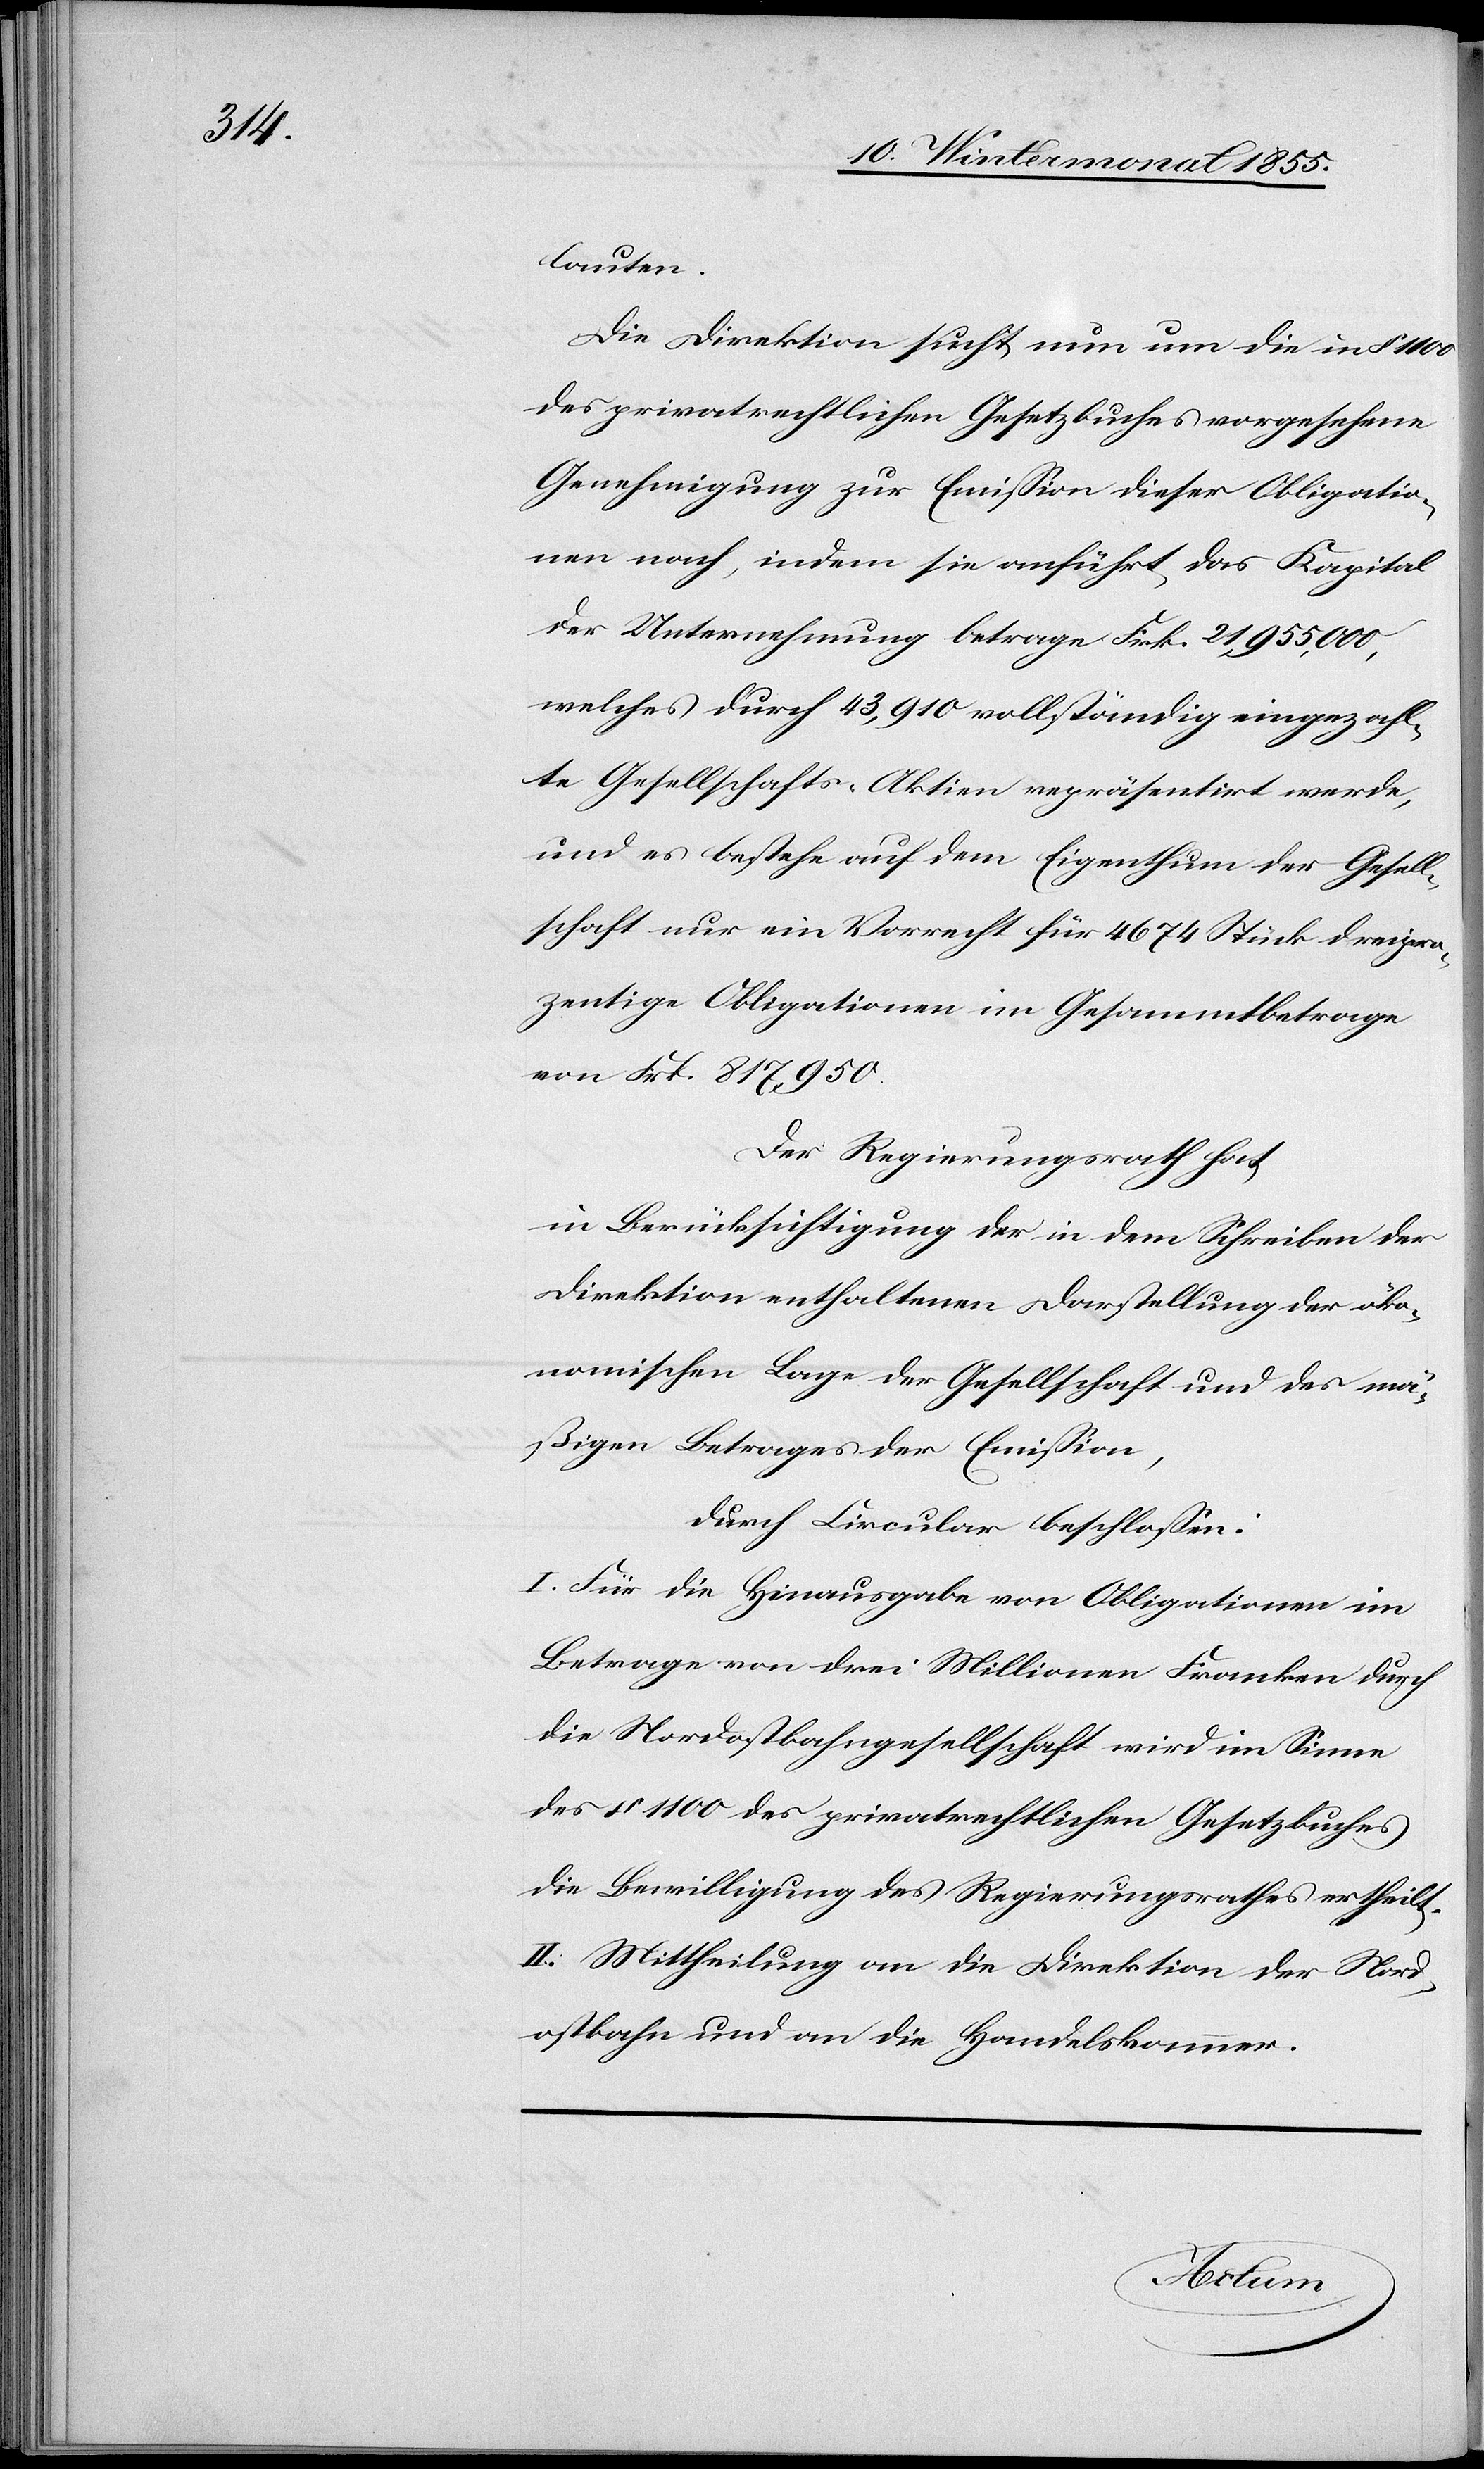
lauten.
Die Direktion sucht nun um die in § 1100
des privatrechtlichen Gesetzbuches vorgesehene
Genehmigung zur Emission dieser Obligatio¬
nen nach, indem sie anführt, das Kapital
der Unternehmung betrage Frk. 21,955,000,
welches durch 43,910 vollständig eingezahl¬
te Gesellschafts-Aktien repräsentirt werde,
und es bestehe auf dem Eigenthum der Gesell¬
schaft nur ein Vorrecht für 4674 Stück dreipro¬
zentige Obligationen im Gesammtbetrage
von Frk. 817,950.
Der Regierungsrath hat,
in Berücksichtigung der in dem Schreiben der
Direktion enthaltenen Darstellung der öko¬
nomischen Lage der Gesellschaft und des mä¬
ßigen Betrages der Emission,
durch Circular beschlossen:
I. Für die Hinausgabe von Obligationen im
Betrage von drei Millionen Franken durch
die Nordostbahngesellschaft wird im Sinne
des § 1100 des privatrechtlichen Gesetzbuches
die Bewilligung des Regierungsrathes ertheilt.
II. Mittheilung an die Direktion der Nord¬
ostbahn und an die Handelskammer.